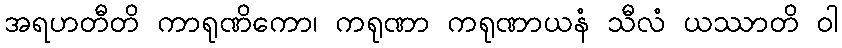
အရဟတီတိ ကာရုဏိကော၊ ကရုဏာ ကရုဏာယနံ သီလံ ယဿာတိ ဝါ